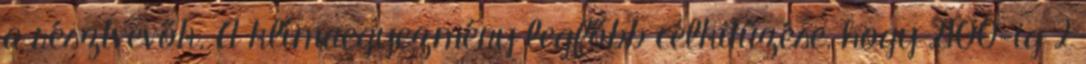
a résztvevők. A klímaegyezmény legfőbb célkitűzése, hogy 2100-ig 2